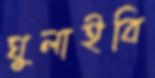
ঘুলাইবি